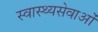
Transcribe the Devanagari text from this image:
स्वास्थ्यसेवाओं